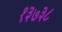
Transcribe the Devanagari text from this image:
१३७३८